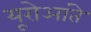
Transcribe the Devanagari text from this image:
यूरोआंते